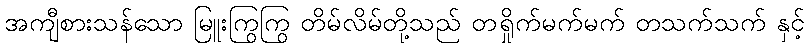
အကျီစားသန်သော မြူးကြွကြွ တိမ်လိမ်တို့သည် တရှိုက်မက်မက် တသက်သက် နှင့်